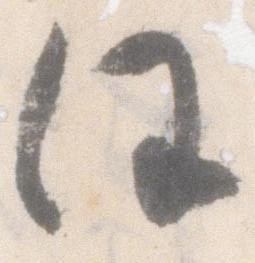
任